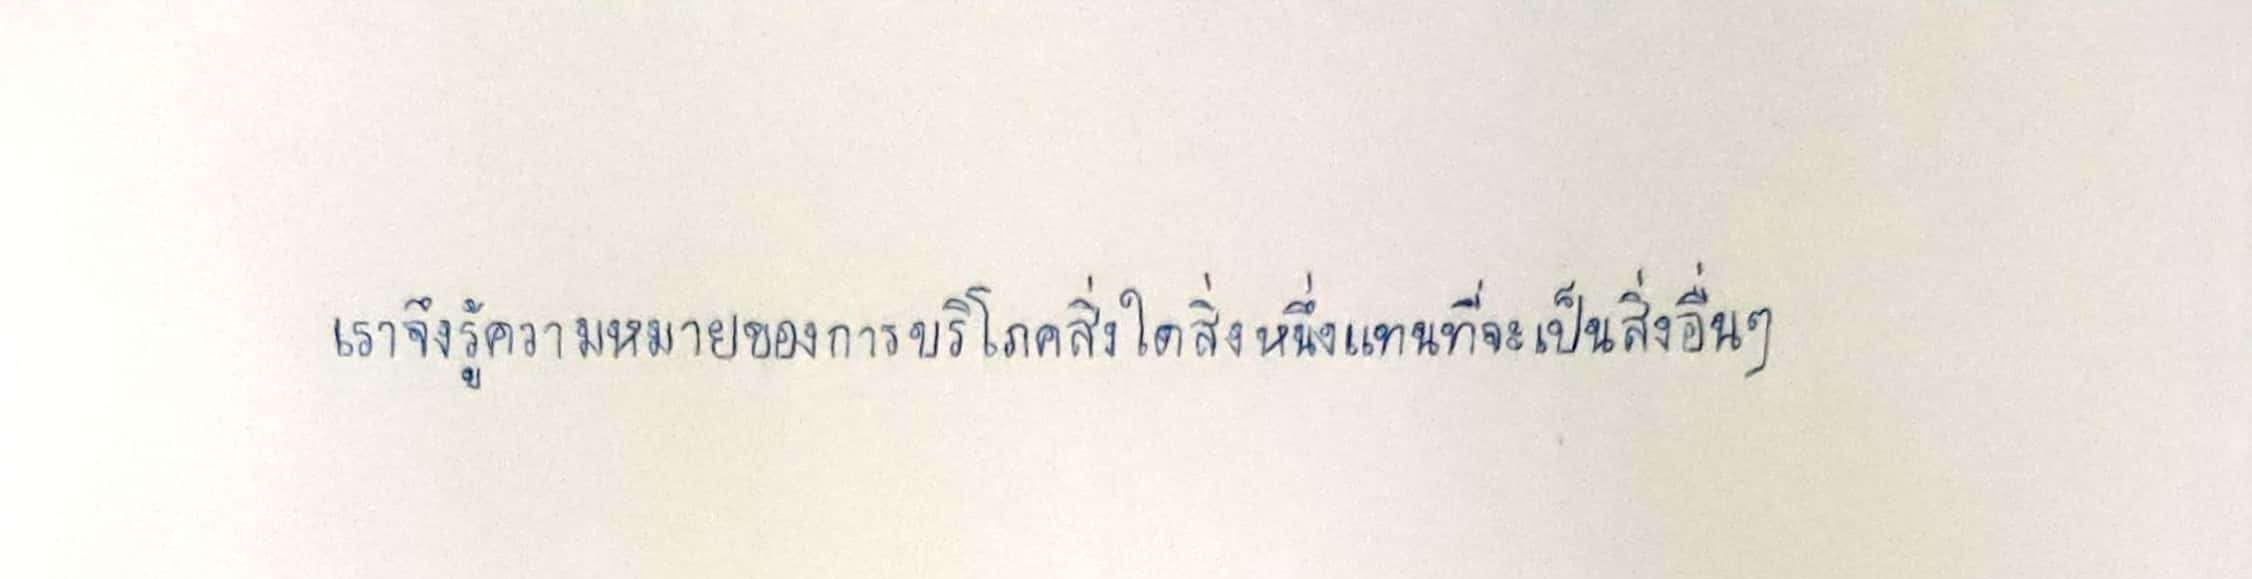
เราจึงรู้ความหมายของการบริโภคสิ่งใดสิ่งหนึ่งแทนที่จะเป็นสิ่งอื่นๆ